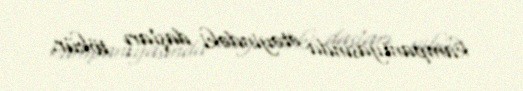
kampaniyasında ətəyindəki daşları tökür.